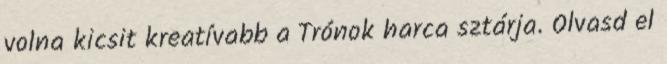
volna kicsit kreatívabb a Trónok harca sztárja. Olvasd el